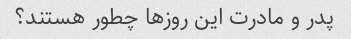
پدر و مادرت این روزها چطور هستند؟